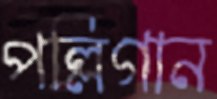
পল্লিগান